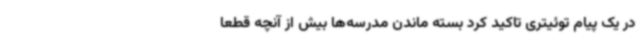
در یک پیام توئیتری تاکید کرد بسته ماندن مدرسه‌ها بیش از آنچه قطعا